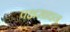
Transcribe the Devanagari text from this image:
पक्षसाधन